Indian journal of veterinary science and animal husbandry - Volumes 15-17, 1948-1951
Year: 1948
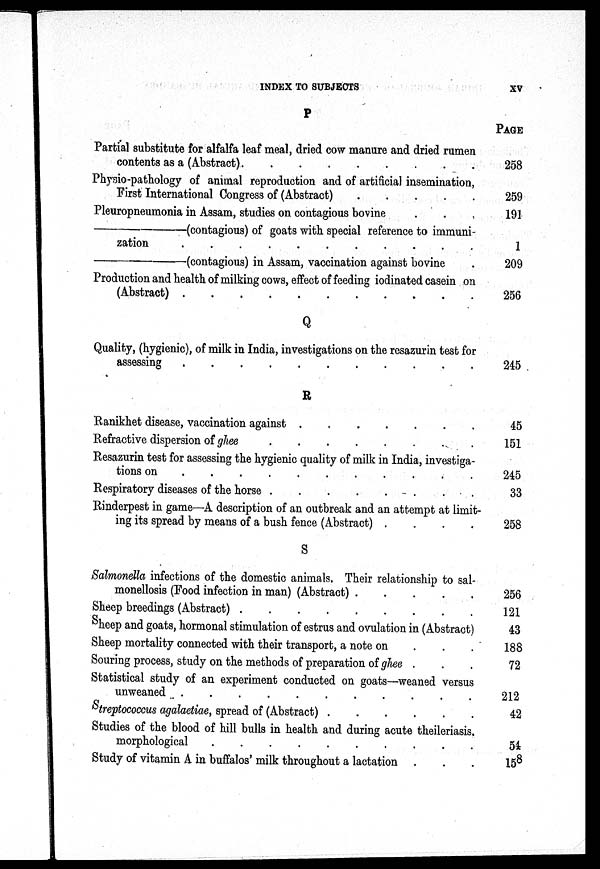
INDEX TO SUBJECTS
xv
P
Partial substitute for alfalfa leaf meal, dried cow manure and dried rumen
contents as a (Abstract)
.
.
.
.
.
.
.
.
Physio-pathology of animal reproduction and of artificial insemination,
First International Congress of (Abstract) . . . . . . . .
Pleuropneumonia in Assam, studies on contagious bovine . . . . . . . .
—contagious) of goats with special reference to immuni-
zation
.
.
.
.
.
.
.
.
—(contagious)
in Assam, vaccination against bovine .
Production and health of milking cows, effect of feeding iodinated casein on
(Abstreact) . . . . . . . . . . . . . . . .
Q
Quality, (hygienic), of milk in India, investigations on the resazurin test for
assessing . . . . . . . . . . . . . . . .
R
Ranikhet disease, vaccination against
.
.
.
.
.
.
.
.
Refractive dispersion of ghee
.
.
.
.
.
.
.
.
.
.
Resazurin test for assessing the hygienic quality of milk in India, investiga-
tions on . . . . . . . . . . . . . . . .
Respiratory diseases of the horse
.
.
.
.
.
.
.
.
Rinderpest in game—A description of an outbreak and an attempt at limit-
ing its spread by means of a bush fence (Abstract) . . . . . . . .
S
Salmonella infections of the domestic animals. Their relationship to sal-
monellosis (Food infection in man) (Abstract) . . . . . . . .
Sheep breedings (Abstract)
.
.
.
.
.
.
.
.
Sheep and goats, hormonal stimulation of estrus and ovulation in (Abstract)
Sheep mortality connected with their transport, a note on . . . . . . . .
Souring process, study on the methods of preparation of ghee . . .
Statistical study of an experiment conducted on goats—weaned versus
unweaned . . . . . . . . . . . . . . . .
Streptococcus agalaetiae, spread of (Abstract) . . . . . . . .
Studies of the blood of hill bulls in health and during acute theileriasis.
morphological
.
.
.
.
.
.
.
.
Study of vitamin A in buffalos' milk throughout a lactation . . .
PAGE
258
259
191
1
209
256
245
45
151
245
33
258
256
121
43
188
72
212
42
54
158